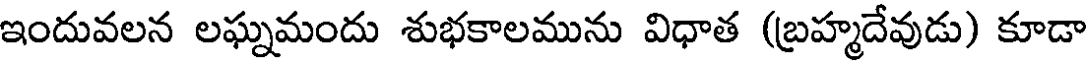
ఇందువలన లఘ్నమందు శుభకాలమును విధాత (బ్రహ్మదేవుడు) కూడా